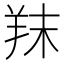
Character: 䍪